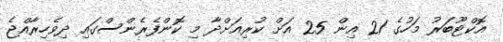
އޮކްޓޫބަރު މަހުގެ 21 އިން 25 އަށް ކުރިއަށްދާ މި ކޮންފެރެންސްގައި ދިވެހިރާއްޖެ